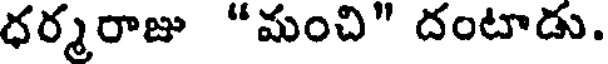
ధర్మరాజు "మంచి" దంటాడు.